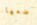
أضعها